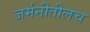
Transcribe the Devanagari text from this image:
जर्मनीतीलच